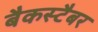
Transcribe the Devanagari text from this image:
बैकस्टैबर